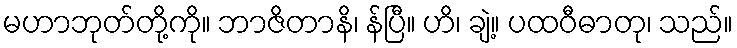
မဟာဘုတ်တို့ကို။ ဘာဇိတာနိ၊ န်ပြီ။ ဟိ၊ ချဲ့။ ပထဝီဓာတု၊ သည်။